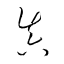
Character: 真